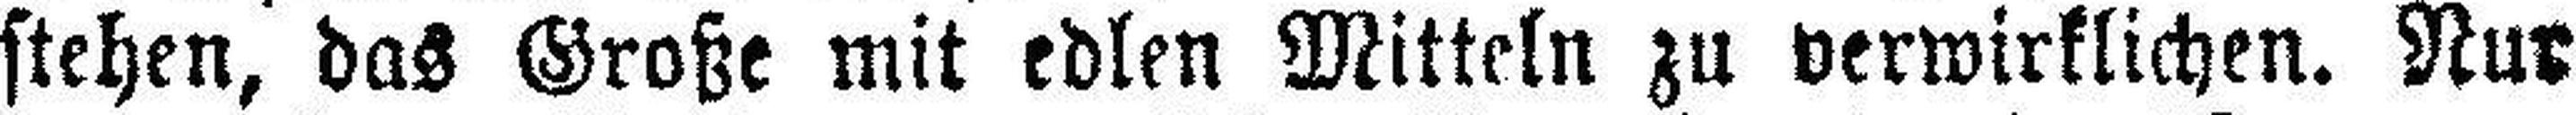
stehen, das Große mit edlen Mitteln zu verwirklichen. Nur